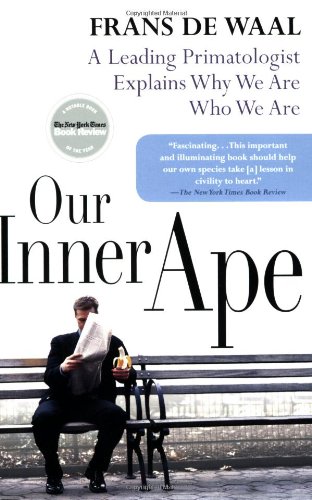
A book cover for Our Inner Ape: A Leading Primatologist Explains Why We Are Who We Are; Frans de Waal; Politics & Social Sciences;